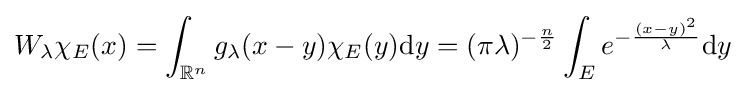
W_{\lambda }\chi _{E}(x)=\int _{\mathbb {R} ^{n}}g_{\lambda }(x-y)\chi _{E}(y)\mathrm {d} y=(\pi \lambda )^{-{\frac {n}{2}}}\int _{E}e^{-{\frac {(x-y)^{2}}{\lambda }}}\mathrm {d} y